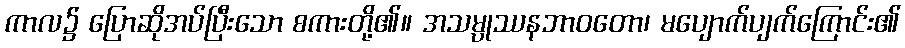
ကာလ၌ ပြောဆိုအပ်ပြီးသော စကားတို့၏။ အသမ္ပုဿနဘာဝတော၊ မပျောက်ပျက်ကြောင်း၏